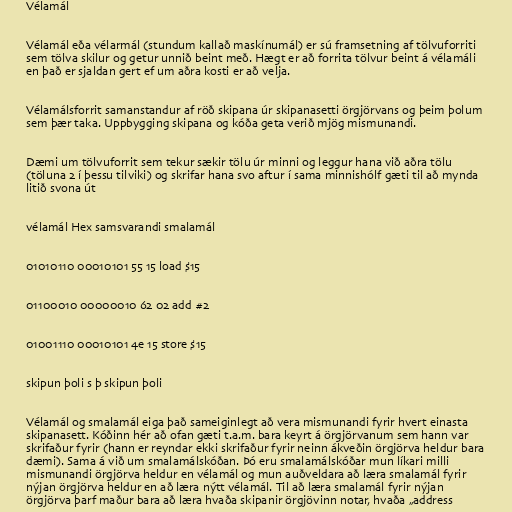
Vélamál

Vélamál eða vélarmál (stundum kallað maskínumál) er sú framsetning af tölvuforriti
sem tölva skilur og getur unnið beint með. Hægt er að forrita tölvur beint á vélamáli
en það er sjaldan gert ef um aðra kosti er að velja.

Vélamálsforrit samanstandur af röð skipana úr skipanasetti örgjörvans og þeim þolum
sem þær taka. Uppbygging skipana og kóða geta verið mjög mismunandi.

Dæmi um tölvuforrit sem tekur sækir tölu úr minni og leggur hana við aðra tölu
(töluna 2 í þessu tilviki) og skrifar hana svo aftur í sama minnishólf gæti til að mynda
litið svona út

vélamál Hex samsvarandi smalamál

01010110 00010101 55 15 load $15

01100010 00000010 62 02 add #2

01001110 00010101 4e 15 store $15

skipun þoli s þ skipun þoli

Vélamál og smalamál eiga það sameiginlegt að vera mismunandi fyrir hvert einasta
skipanasett. Kóðinn hér að ofan gæti t.a.m. bara keyrt á örgjörvanum sem hann var
skrifaður fyrir (hann er reyndar ekki skrifaður fyrir neinn ákveðin örgjörva heldur bara
dæmi). Sama á við um smalamálskóðan. Þó eru smalamálskóðar mun líkari milli
mismunandi örgjörva heldur en vélamál og mun auðveldara að læra smalamál fyrir
nýjan örgjörva heldur en að læra nýtt vélamál. Til að læra smalamál fyrir nýjan
örgjörva þarf maður bara að læra hvaða skipanir örgjövinn notar, hvaða „address